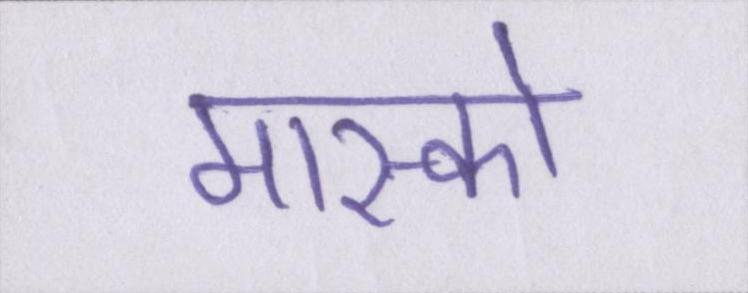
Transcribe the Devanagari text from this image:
मास्को